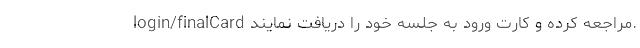
login/finalCard مراجعه کرده و کارت ورود به جلسه خود را دریافت نمایند.